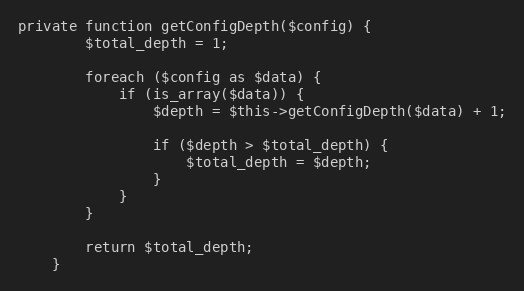
Language: PHP
private function getConfigDepth($config) {
        $total_depth = 1;

        foreach ($config as $data) {
            if (is_array($data)) {
                $depth = $this->getConfigDepth($data) + 1;

                if ($depth > $total_depth) {
                    $total_depth = $depth;
                }
            }
        }

        return $total_depth;
    }